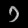
Digit: ၁